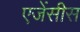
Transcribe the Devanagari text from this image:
एजेंसीस